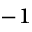
^ { - 1 }